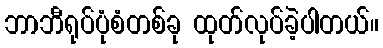
ဘာဘီရုပ်ပုံစံတစ်ခု ထုတ်လုပ်ခဲ့ပါတယ်။